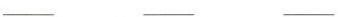
___ ___ ___